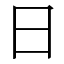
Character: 日